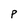
Character: P